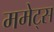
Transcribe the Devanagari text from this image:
ममेट्स